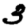
Digit: 3